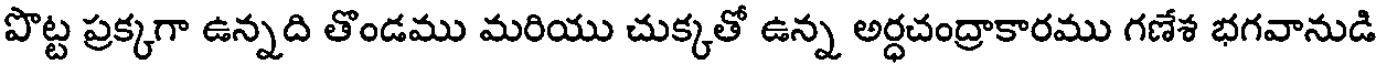
పొట్ట ప్రక్కగా ఉన్నది తొండము మరియు చుక్కతో ఉన్న అర్ధచంద్రాకారము గణేశ భగవానుడి